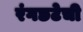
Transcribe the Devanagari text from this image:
रंगछटेची